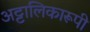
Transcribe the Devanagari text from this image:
अट्टालिकारूपी